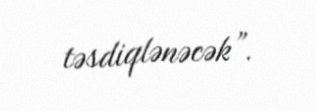
təsdiqlənəcək”.